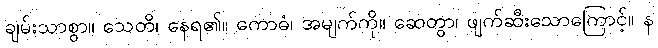
ချမ်းသာစွာ။ သေတိ၊ နေရ၏။ ကောဓံ၊ အမျက်ကို။ ဆေတွာ၊ ဖျက်ဆီးသောကြောင့်။ န